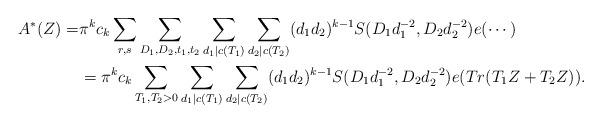
LaTeX: \begin{align*} A^*(Z)=& \pi^k c_k \sum_{r,s}\sum_{D_1,D_2,t_1,t_2}\sum_{d_1|c(T_1)}\sum_{d_2|c(T_2)}(d_1d_2)^{k-1}S(D_1d_1^{-2},D_2d_2^{-2})e(\cdots)\\ &=\pi^k c_k \sum_{T_1,T_2>0}\sum_{d_1|c(T_1)}\sum_{d_2|c(T_2)}(d_1d_2)^{k-1} S(D_1d_1^{-2},D_2d_2^{-2}) e(Tr(T_1Z+T_2Z)).\end{align*}